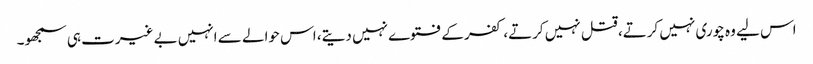
اس لیے وہ چوری نہیں کرتے، قتل نہیں کرتے، کفر کے فتوے نہیں دیتے، اس حوالے سے انہیں بے غیرت ہی سمجھو۔